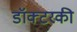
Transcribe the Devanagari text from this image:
डॉक्टरकी